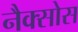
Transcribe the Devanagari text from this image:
नैक्सोस